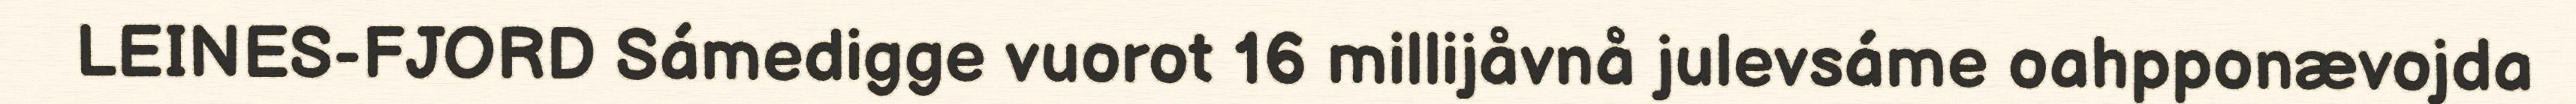
LEINES-FJORD Sámedigge vuorot 16 millijåvnå julevsáme oahpponævojda